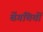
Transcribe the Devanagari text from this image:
बेंगचियों